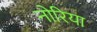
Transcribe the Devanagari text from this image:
नोरिया